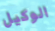
الوكيل